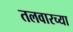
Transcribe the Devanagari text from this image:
तलवारच्या